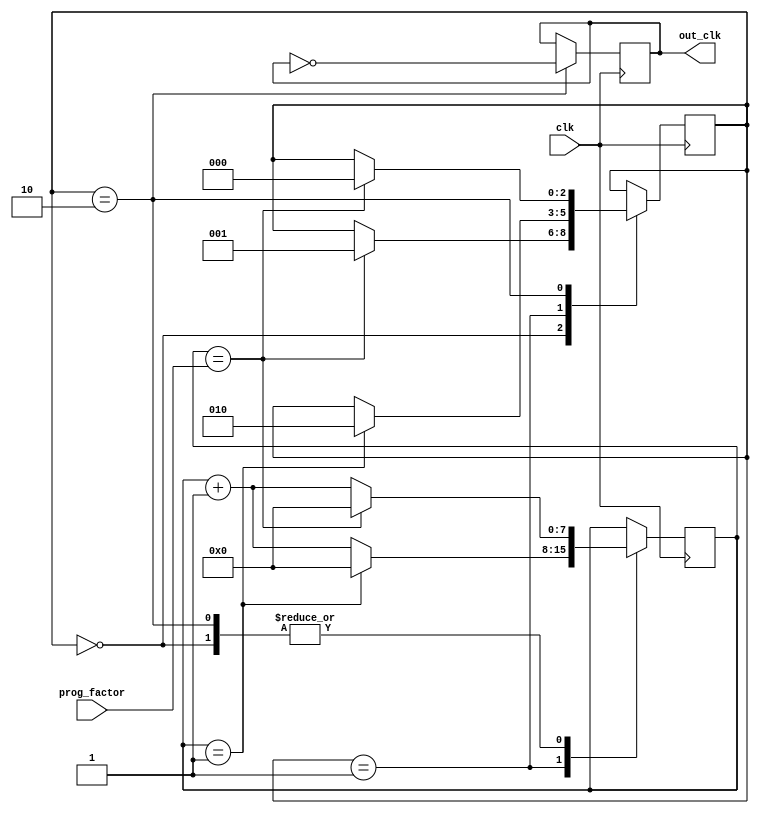
module dual_modulus_clock_divider (
    input wire clk,
    input wire [7:0] prog_factor,
    output reg out_clk
);

reg [7:0] counter;
reg [2:0] state;
wire sync_clk;

always @ (posedge clk) begin
    case(state)
        0: begin
            if(counter == prog_factor) begin
                counter <= 0;
                state <= 1;
            end else begin
                counter <= counter + 1;
            end
        end
        1: begin
            if(counter == 1) begin
                counter <= 0;
                state <= 2;
            end else begin
                counter <= counter + 1;
            end
        end
        2: begin
            if(counter == prog_factor) begin
                counter <= 0;
                state <= 0;
            end else begin
                counter <= counter + 1;
            end
        end
    endcase
end

always @ (posedge clk) begin
    if(state == 2) begin
        out_clk <= ~out_clk; // toggle output clock signal
    end
end

assign sync_clk = clk; // synchronization module not included in this code

endmodule